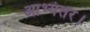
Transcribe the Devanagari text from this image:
आभ्यंतर।